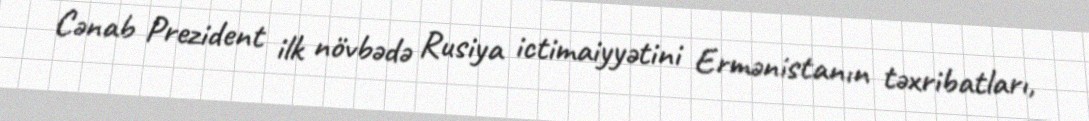
Cənab Prezident ilk növbədə Rusiya ictimaiyyətini Ermənistanın təxribatları,